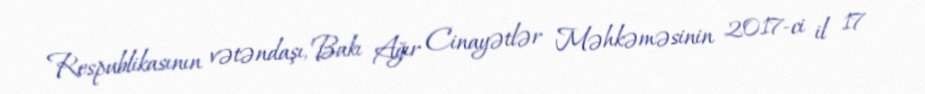
Respublikasının vətəndaşı, Bakı Ağır Cinayətlər Məhkəməsinin 2017-ci il 17